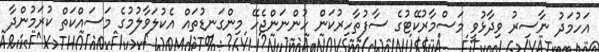
އަހުމަދު ނާސިރު ވިދާޅުވީ މަސްމާރުކޭޓުގެ ސާފުތާހިރުކަން ހުންނަންޖެހޭ މިންގަނޑުތައް އެކުލަވާލުމުގެ މަސައްކަތް ކުރަމުންދާ